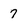
Character: 7